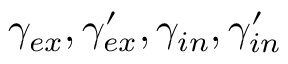
\gamma _ { e x } , \gamma _ { e x } ^ { \prime } , \gamma _ { i n } , \gamma _ { i n } ^ { \prime }